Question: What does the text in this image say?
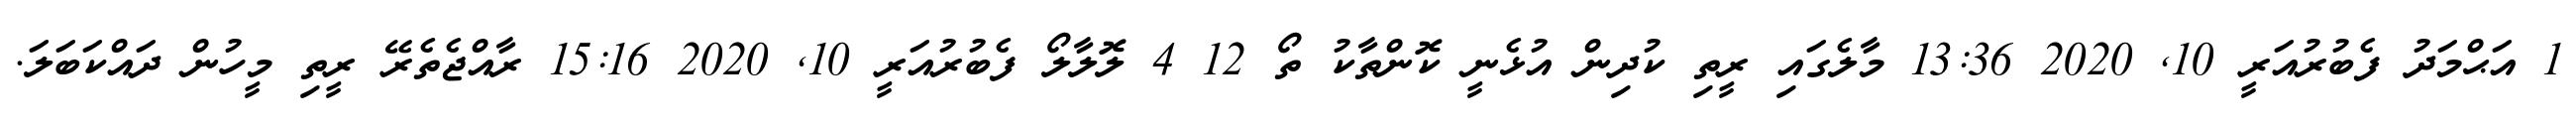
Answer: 1 އަޙްމަދު ފެބުރުއަރީ 10, 2020 13:36 މާލެގައި ރީތި ކުދިން އުޅެނީ ކޮންތާކު ތޯ 12 4 ލޮލާލޯ ފެބުރުއަރީ 10, 2020 15:16 ރާއްޖެތެރޭ ރީތި މީހުން ދައްކަބަލަ.